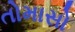
તોમાસો